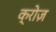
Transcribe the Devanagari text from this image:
क्रोज़